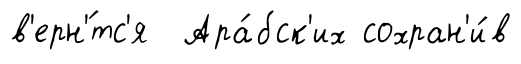
в'ерн'́тс'я Ара́бск'их сохран'и́в